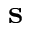
\textbf { s }